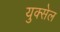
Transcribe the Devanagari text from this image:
युक्सेल